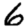
Digit: 6